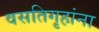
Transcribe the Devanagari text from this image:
वसतिगृहांना